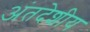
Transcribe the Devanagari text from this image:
अंतदेशीय